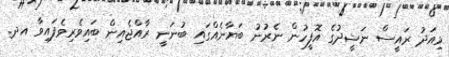
މިއަދު ރައީސް ނަޝީދުގެ އޮފީހުން ނެރުނު ބަޔާނެއްގައި ބުނަނީ ރާއްޖެއިން ބައިވެރިވެފައިވާ އދ.